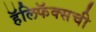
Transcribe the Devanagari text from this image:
हॅलिफॅक्सची